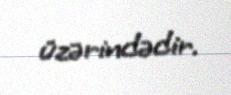
üzərindədir.